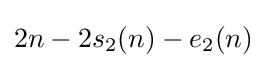
2n-2s_{2}(n)-e_{2}(n)